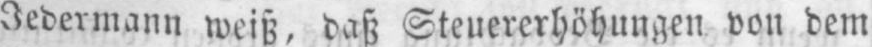
Jedermann weiß, daß Steuererhöhungen von dem